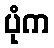
ပုံက